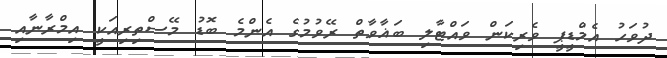
ދުވަހު އެމްޑީޕީ ވެރިކަން ވައްޓާލި ބަޣާވާތް ރޭވުމުގެ އެންމެ ބޮޑު މޭސްތިރިއަކީ އިމްރާނާއި